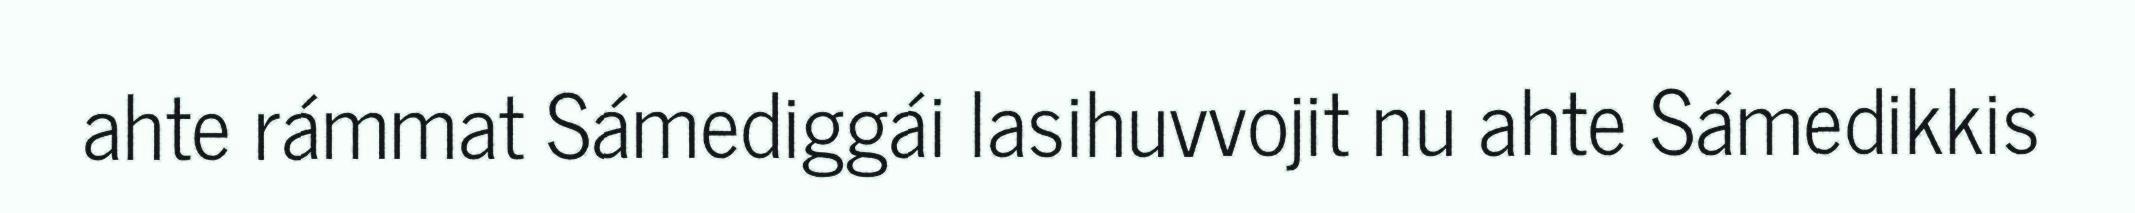
ahte rámmat Sámediggái lasihuvvojit nu ahte Sámedikkis